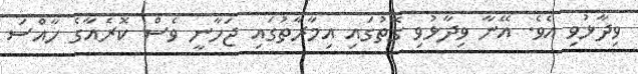
ވިދާޅުވި އެވެ. އޭނާ ވިދާޅުވި ގޮތުގައި އިމާރާތުގައި ޖަހާނީ ވެސް ކޮރެއާގެ ހާއްސަ